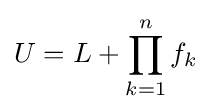
U=L+\prod _{k=1}^{n}f_{k}